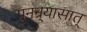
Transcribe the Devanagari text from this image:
पुनन्र्यासात्